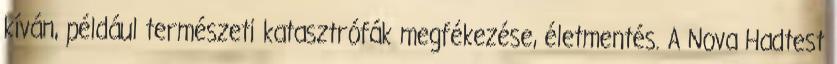
kíván, például természeti katasztrófák megfékezése, életmentés. A Nova Hadtest